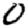
Digit: 0